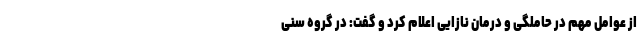
از عوامل مهم در حاملگی و درمان نازایی اعلام کرد و گفت: در گروه سنی